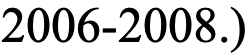
2006-2008.)